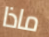
ماذا